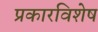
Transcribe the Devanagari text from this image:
प्रकारविशेष